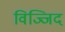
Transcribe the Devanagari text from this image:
विज्जिद